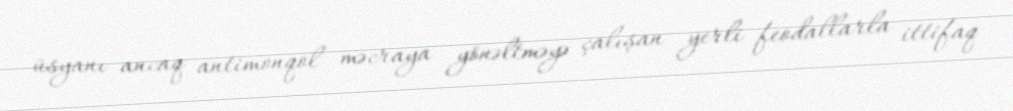
üsyanı ancaq antimonqol məcraya yönəltməyə çalışan yerli feodallarla ittifaq